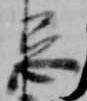
忌